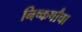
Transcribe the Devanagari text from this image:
निष्कर्षांचा